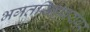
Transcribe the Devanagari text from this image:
भगतसिंहाबरोबर